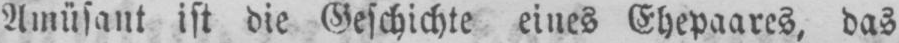
Amüsant ist die Geschichte eines Ehepaares, das